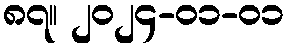
၈၇။ ၂၀၂၄-၀၁-၀၁